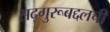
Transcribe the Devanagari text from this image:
सद्‌गुरूबद्दलची